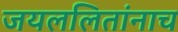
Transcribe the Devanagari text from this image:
जयललितांनाच